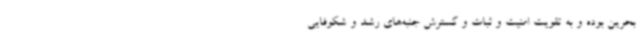
بحرین بوده و به تقویت امنیت و ثبات و گسترش جنبه‌های رشد و شکوفایی